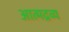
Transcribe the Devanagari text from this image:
आत्मद्रव्य